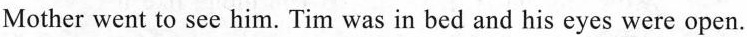
Mother went to see him. Tim was in bed and his eyes were open.